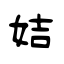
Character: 姞